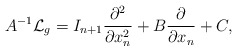
\begin{align*} A^{-1} \mathcal{L}_g = I_{n+1}\frac{\partial^2 }{\partial x_n^2} + B \frac{\partial }{\partial x_n} + C,\end{align*}